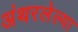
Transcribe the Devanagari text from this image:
अंथरलेल्या